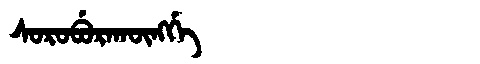
Manchu: ᠰᠣᡵᠣᠪᡠᡵᠠᡴᡡᠩᡤᡝ
Romanization: SOROBURAKŪNGGE